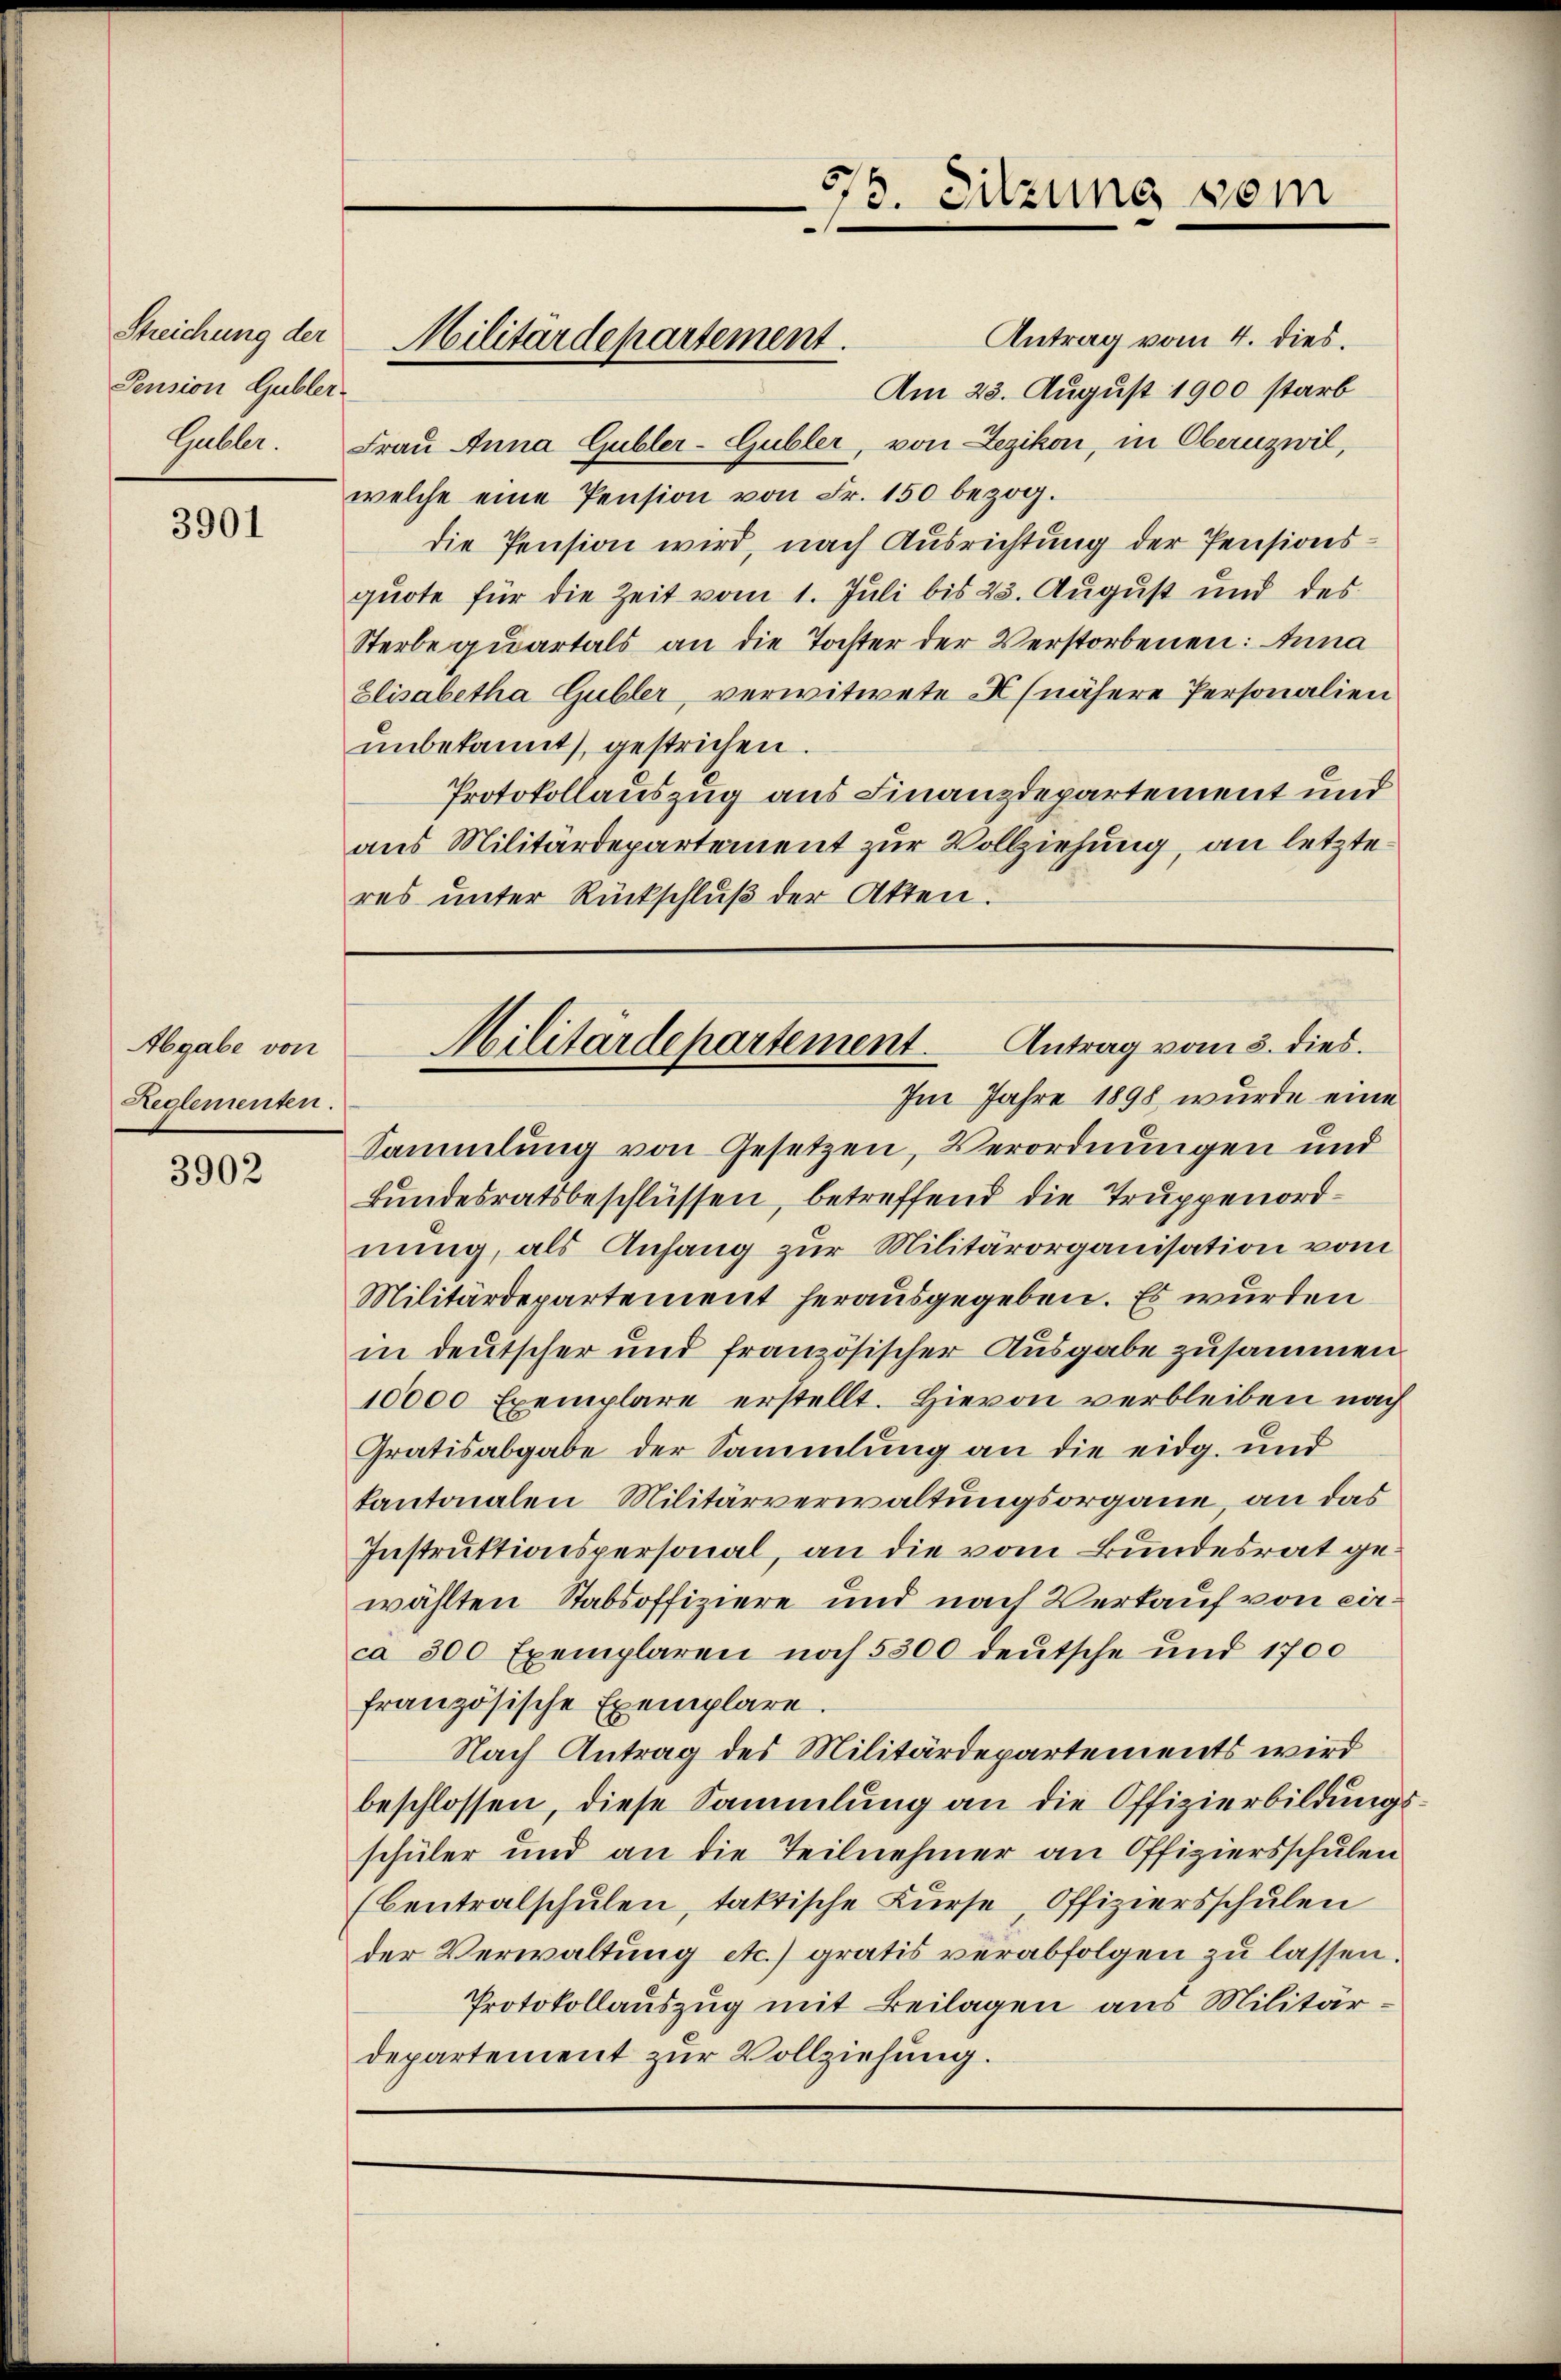
Streichung der
Pension Gubler-

3901

Abgabe von
Reglementen.

3902

Antrag vom 4. dies.
Am 23. August 1900 starb
Gubler. Frau Anna Gubler-Gubler, von Lezikon, in Oberuzwil,
welche eine Pension von Fr. 150 bezog.
die Pension wird, nach Ausrichtung der Pensionsquote für die Zeit vom 1. Juli bis 23. August und des
Sterbe quartals an die Tochter der Verstorbenen: Anna
Elisabetha Gubler, verwitwete X (nähere Personalien
unbekannt gestrichen.
Protokollauszug aus Finanzdepartement und
aus Militärdepartement zur Vollziehung, an letzteres unter Rückschlŭβ der Akten.

Militärdepartement.

573. Sitzung vom
d

Antrag vom 3. dies.
Militärdepartement.
Im Jahre 1898 wurde eine

Sammlung von Gesetzen, Verordnungen und
Bundesratsbeschlüssen, betreffend die Truppenordnung, als Anfang zur Militärorganisation vom
Militärdepartement herausgegeben. Es wurden
in deutscher und französischer Ausgabe zusammen
10000 Exemplare erstellt. Hievon verbleiben nach
Gratisabgabe der Sammlung an die eidg. und
kantonalen Militärverwaltungsorgane, an das
Instruktionspersonal, an die vom Bundesrat gewählten Stabsoffiziere und nach Verkauf von einca 300 Exemplaren noch 5300 deutsche und 1700
französische Exemplare.
Nach Antrag des Militärdepartements wird
beschlossen, diese Sammlung an die Offizierbildungsschüler und an die Teilnehmer an Offiziersschulen
(Centralschulen, taktische Kurse Offiziersschulen
der Verwaltung etc.) gratis verabfolgen zu lassen.
Protokollauszug mit Beilagen aus Militärdepartement zur Vollziehung.